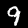
Label: 9